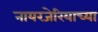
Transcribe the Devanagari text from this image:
नायरजेरियाच्या